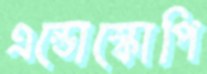
এন্ডোস্কোপি